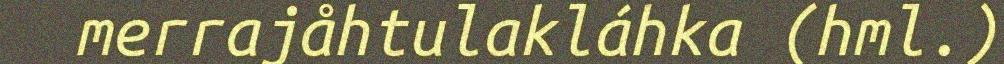
merrajåhtulakláhka (hml.)